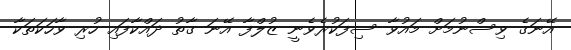
އޭނަގެ ވިސްނުމަށް މައުވާ ސިފަކުރެވެނީ ޒުލްފާ އޭނަ ގާތު ދައްކާފައި ހުރި ވާހަކަތަކާ